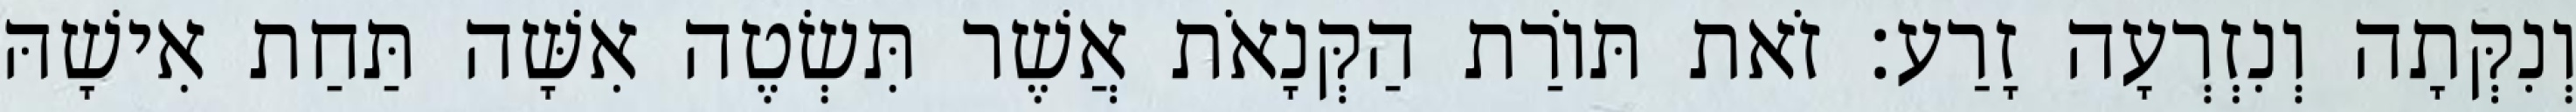
וְנִקְּתָה וְנִזְרְעָה זָרַע׃ זֹאת תּוֹרַת הַקְּנָאֹת אֲשֶׁר תִּשְׂטֶה אִשָּׁה תַּחַת אִישָׁהּ